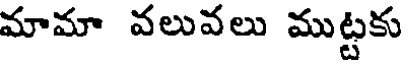
మామా వలువలు ముట్టకు